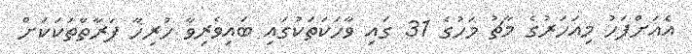
އެއަށްފަހު މިއަހަރުގެ މާޗު މަހުގެ 31 ގައި ވާހަކަތަކުގައި ބައިވެރިވާ ހުރިހާ ފަރާތްތަކަކަށް